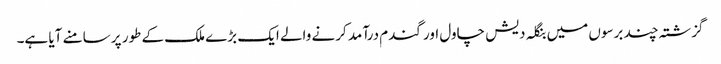
گزشتہ چند برسوں میں بنگلہ دیش چاول اور گندم درآمد کرنے والے ایک بڑے ملک کے طور پر سامنے آیا ہے۔